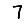
Digit: 7